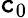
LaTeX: \mathtt{c}_{0}